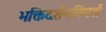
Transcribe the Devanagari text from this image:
भक्तिदर्शनविमर्श